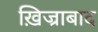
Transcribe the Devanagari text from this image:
ख़िज्राबाद